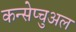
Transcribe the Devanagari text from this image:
कन्सेप्चुअल